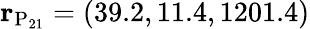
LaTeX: {\mathbf r}_{\mathrm{P_{21}}}=(39.2,11.4,1201.4)